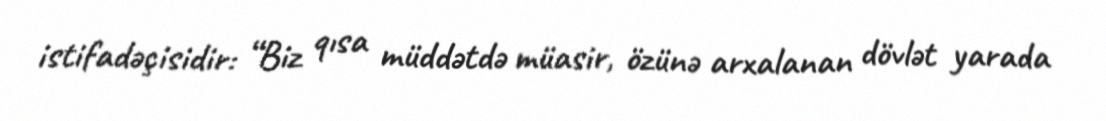
istifadəçisidir: “Biz qısa müddətdə müasir, özünə arxalanan dövlət yarada